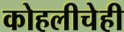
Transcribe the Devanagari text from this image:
कोहलीचेही